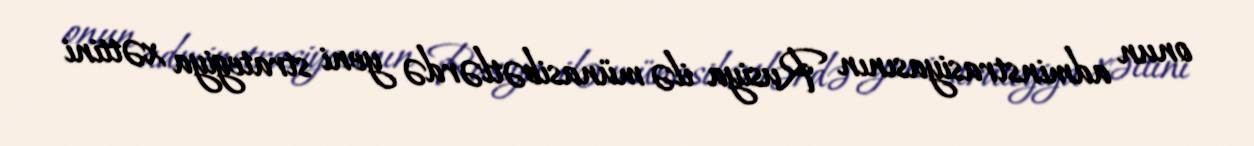
onun adminstrasiyasının Rusiya ilə münasibətlərdə yeni strategiya xəttini